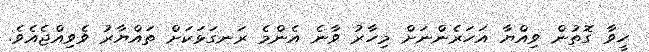
ހީވާ ގޮތުން ވިއްޔާ އަހަރެންނަށް މިހާރު ވާނެ އެންމެ ރަނގަޅަކަށް ތައްޔާރު ވެވިއްޖެއެވެ.